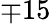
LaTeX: \mp 15